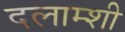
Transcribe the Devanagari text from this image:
दलाम्शी